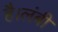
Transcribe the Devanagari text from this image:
है।लंबी